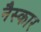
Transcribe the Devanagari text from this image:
नैस्कार